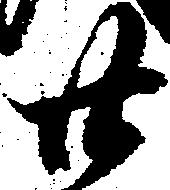
廿